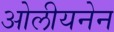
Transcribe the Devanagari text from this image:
ओलीयनेन